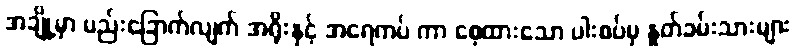
အချို့မှာ မည်းခြောက်လျက် အရိုးနှင့် အရေကပ် ကာ စေ့ထားသော ပါးစပ်မှ နှုတ်ခမ်းသားများ